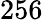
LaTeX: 256